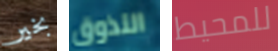
بخير التذوق للمحيط